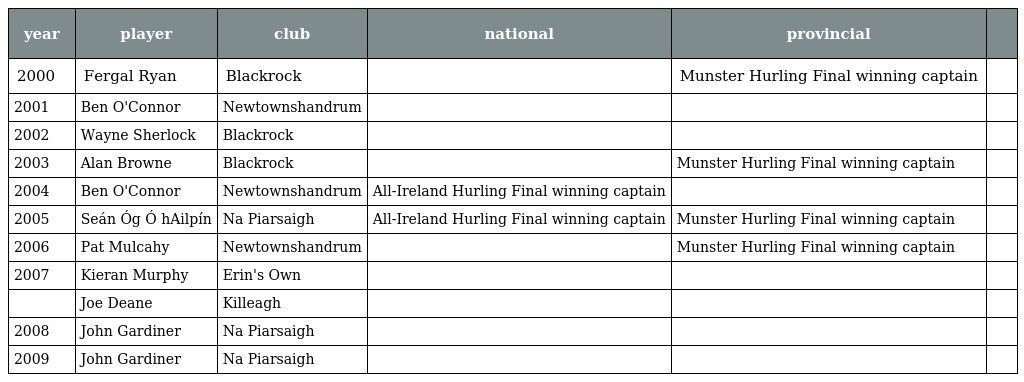
| year | player | club | national | provincial |  |
 | --- | --- | --- | --- | --- | --- |
 | 2000 | Fergal Ryan | Blackrock |  | Munster Hurling Final winning captain |  |
 | 2001 | Ben O'Connor | Newtownshandrum |  |  |  |
 | 2002 | Wayne Sherlock | Blackrock |  |  |  |
 | 2003 | Alan Browne | Blackrock |  | Munster Hurling Final winning captain |  |
 | 2004 | Ben O'Connor | Newtownshandrum | All-Ireland Hurling Final winning captain |  |  |
 | 2005 | Seán Óg Ó hAilpín | Na Piarsaigh | All-Ireland Hurling Final winning captain | Munster Hurling Final winning captain |  |
 | 2006 | Pat Mulcahy | Newtownshandrum |  | Munster Hurling Final winning captain |  |
 | 2007 | Kieran Murphy | Erin's Own |  |  |  |
 |  | Joe Deane | Killeagh |  |  |  |
 | 2008 | John Gardiner | Na Piarsaigh |  |  |  |
 | 2009 | John Gardiner | Na Piarsaigh |  |  |  |